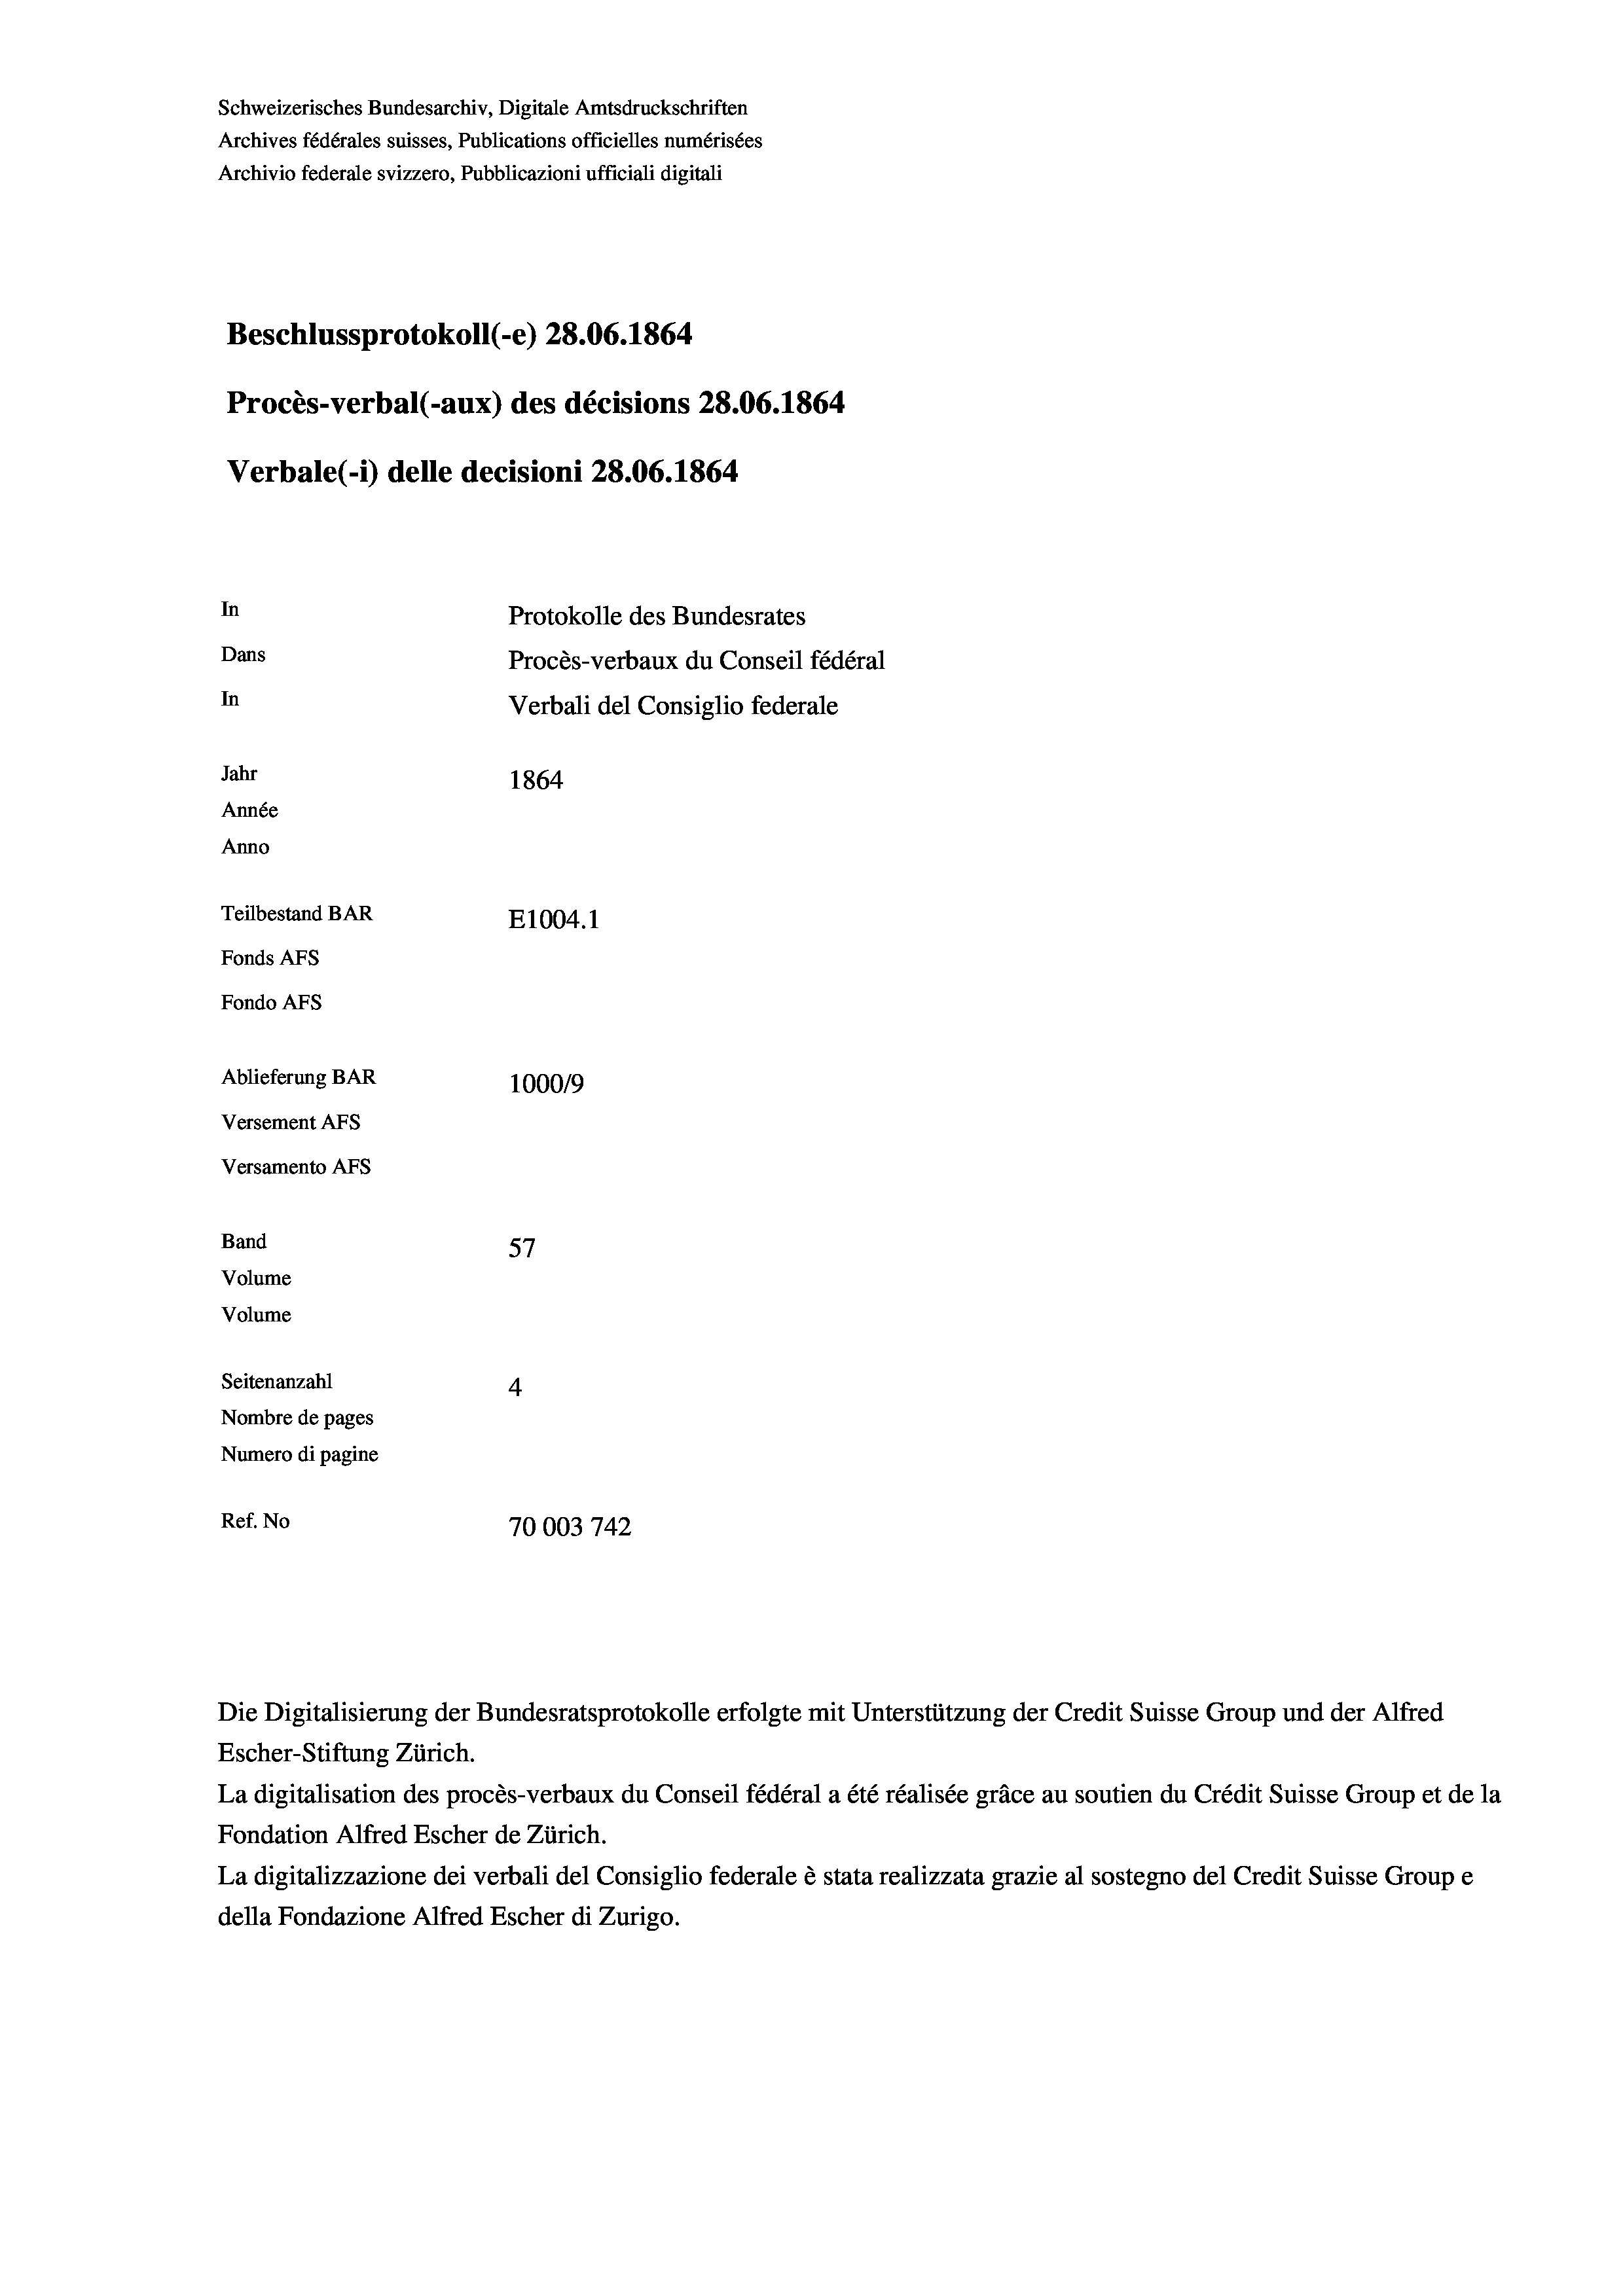
Schweizerisches Bundesarchiv, Digitale Amtsdruckschriften
Archives fédérales suisses, Publications officielles numérisées
Archivio federale svizzero, Pubblicazioni ufficiali digitali
Beschlussprotokoll (-e) 28.06. 1864
Procès-verbal (-aux) des décisions 28.06. 1864
Verbale (i) delle decisioni 28.06. 1864
In
Protokolle des Bundesrates
Dans
In
Verbali del Consiglio federale
Jahr
1864
Année
Anno
Teilbestand BAR
E1004. 1
Fonds AFs
Fondo AFs
Ablieferung BAR
1000/9
Versement AFS
Versamento Afs
Band
57
Volume
Volume
Seitenanzahl
4
Nombre de pages
Numero di pagine
Ref. No
70003742

Procès-verbaux du Conseil fédéral

Escher-Stiftung Zürich.
La digitalisation des procès-verbaux du Conseil fédéral a été réalisée gräce au soutien du Crédit Suisse Group et de la
Fondation Alfred Escher de Zürich.
La digitalizzazione dei verbali del Consiglio federale è stata realizzata grazie al sostegno del Credit Suisse Groupe
della Fondazione Alfred Escher di Zurigo.

Die Digitalisierung der Bundesratsprotokolle erfolgte mit Unterstützung der Credit Suisse Group und der Alfred